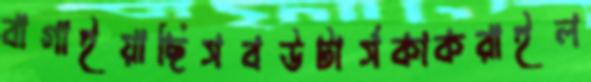
বাগাইয়াছিসবউটার্সকাকরাইল